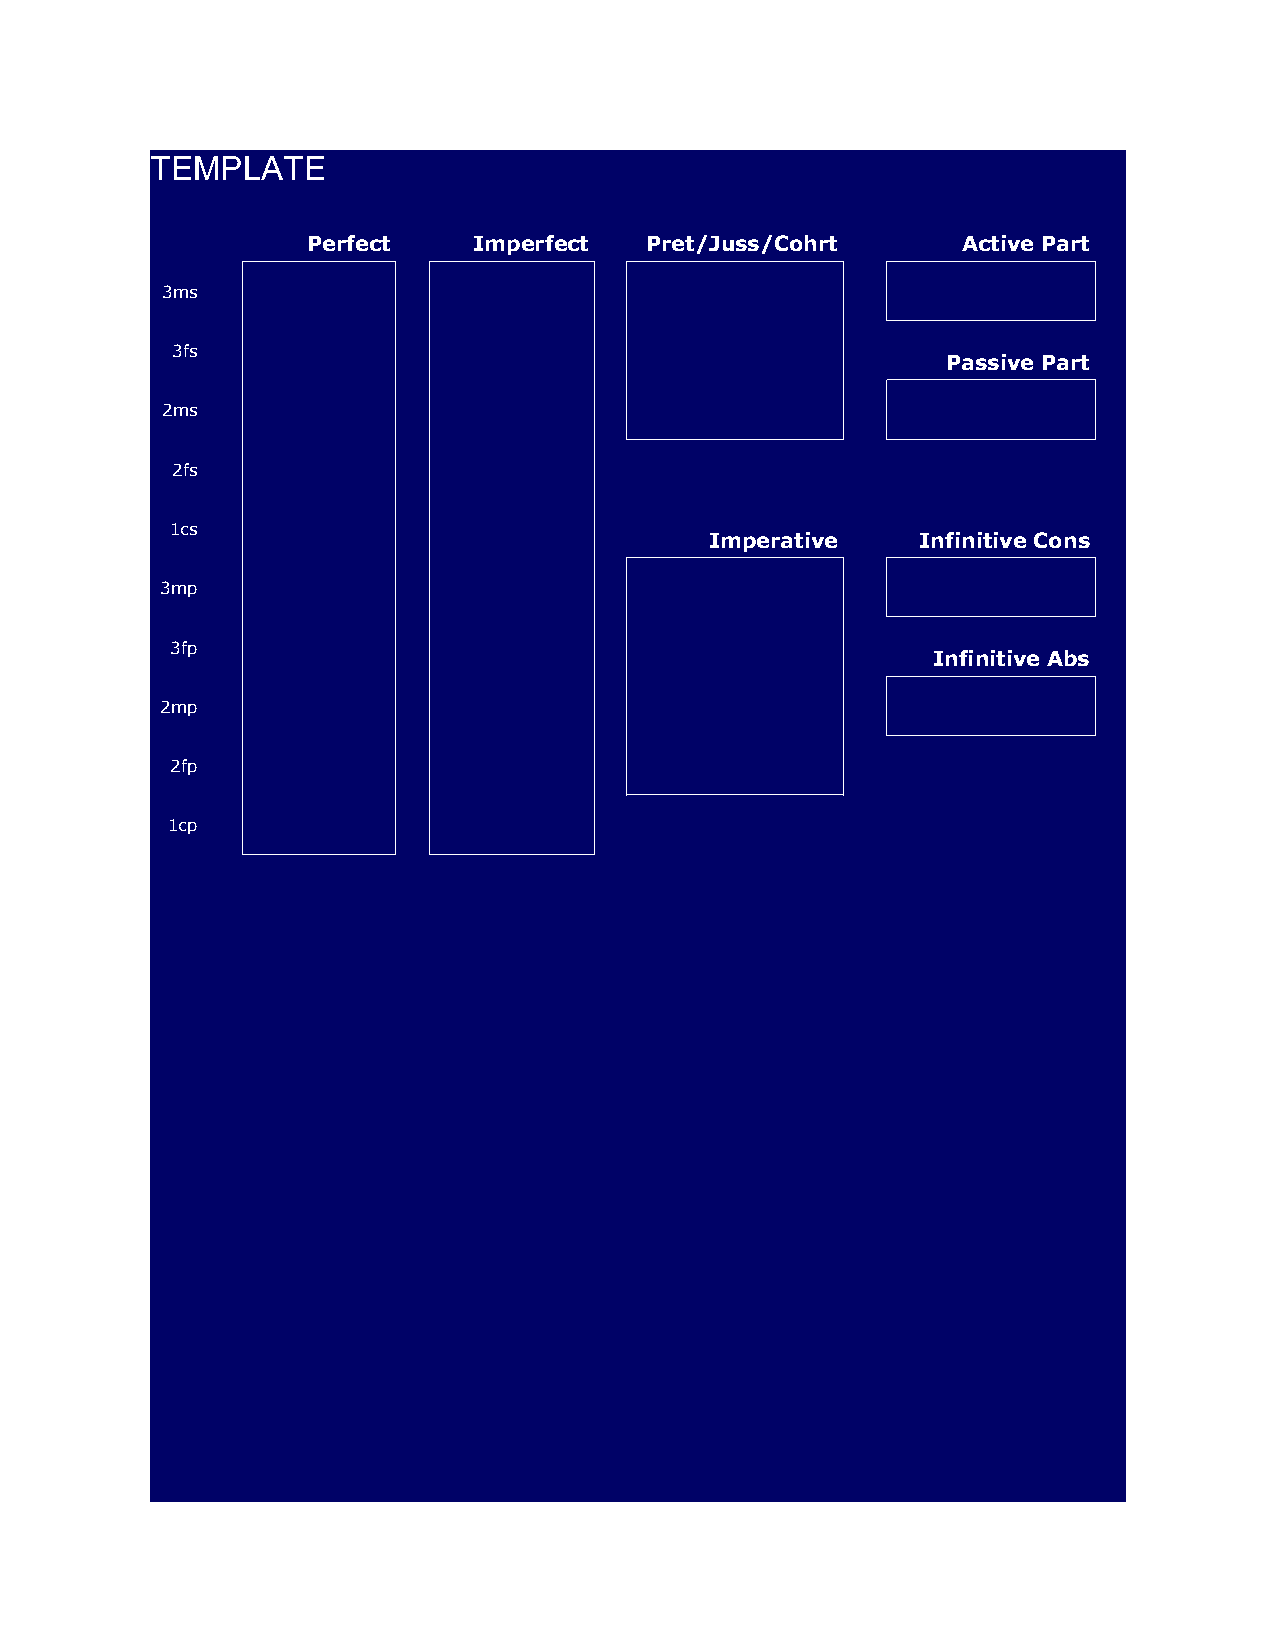
TEMPLATE
 Perfect    Imperfect   Pret/Juss/Cohrt      Active Part
 3ms
 3fs
 Passive Part
 2ms
 2fs
 1cs
 Imperative    Infinitive Cons
 3mp
 3fp
 Infinitive Abs
 2mp
 2fp
 1cp